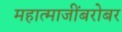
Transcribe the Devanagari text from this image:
महात्माजींबरोबर